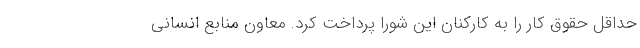
حداقل حقوق کار را به کارکنان این شورا پرداخت کرد. معاون منابع انسانی